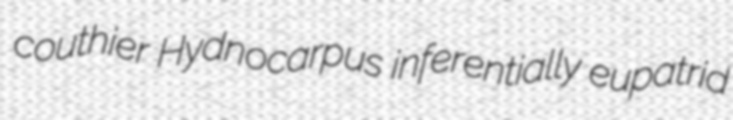
couthier Hydnocarpus inferentially eupatrid